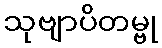
သုဗျာပိတမ္ဗု